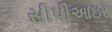
સીપીઆઇર